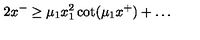
2 x ^ { - } \ge \mu _ { 1 } x _ { 1 } ^ { 2 } \cot ( \mu _ { 1 } x ^ { + } ) + \ldots